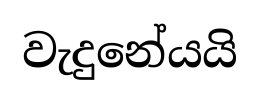
වැදුනේයයි